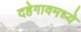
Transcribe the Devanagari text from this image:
दहेगावमध्ये